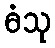
ဓံသု